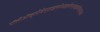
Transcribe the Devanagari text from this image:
पॉलीऑक्सीबेन्ज़ाइलमेथाइलीनग्लाइकोऐनहाइड्राइड